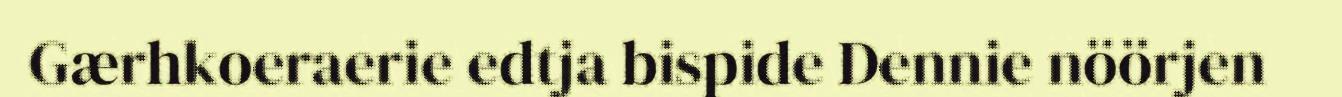
Gærhkoeraerie edtja bispide Dennie nöörjen